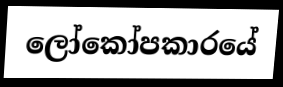
ලෝකෝපකාරයේ